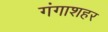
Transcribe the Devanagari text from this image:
गंगाशहर